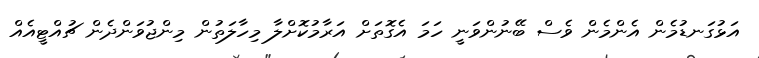
އަޅުގަނޑުމެން އެންމެން ވެސް ބޭނުންވަނީ ހަމަ އެގޮތަށް އަރާމުކޮށްލާ މިހާލަތުން މިންޖުވަންދެން ޗުއްޓީއެއް